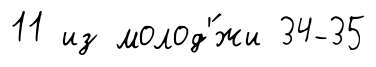
11 из молод'́жи 34-35